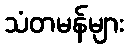
သံတမန်များ